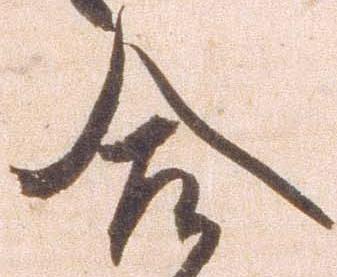
合